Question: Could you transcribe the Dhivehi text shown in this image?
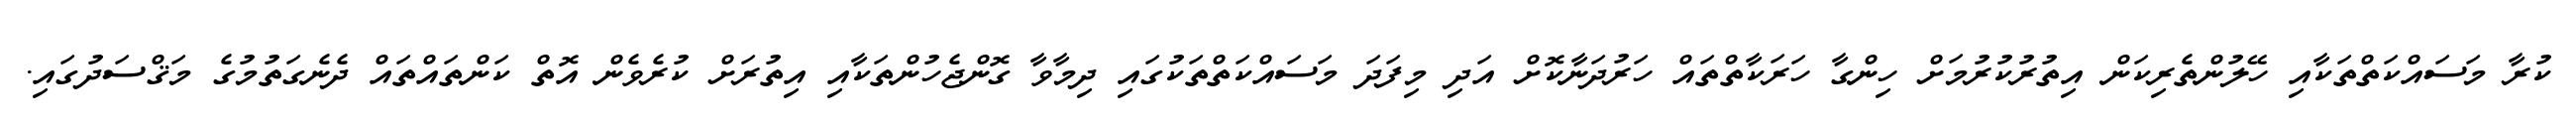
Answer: ކުރާ މަސައްކަތްތަކާއި ހޭލުންތެރިކަން އިތުރުކުރުމަށް ހިންގާ ހަރަކާތްތައް ހަރުދަނާކޮށް އަދި މިފަދަ މަސައްކަތްތަކުގައި ދިމާވާ ގޮންޖެހުންތަކާއި އިތުރަށް ކުރެވެން އޮތް ކަންތައްތައް ދެނެގަތުމުގެ މަޤްސަދުގައި.